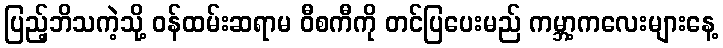
ပြည့်ဘိသကဲ့သို့ ဝန်ထမ်းဆရာမ ဝီစကီကို တင်ပြပေးမည် ကမ္ဘာ့ကလေးများနေ့